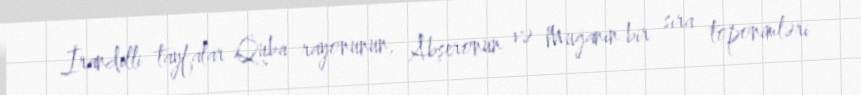
İrandilli tayfalar Quba rayonunun, Abşeronun və Muğanın bir sıra toponimləri